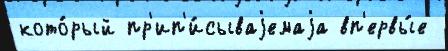
кото́рый пр'ип'и́сываjемаjа вп'ервы́е